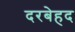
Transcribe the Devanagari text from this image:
दरबेहद